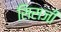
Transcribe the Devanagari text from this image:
सिराजी